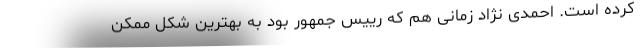
کرده است. احمدی نژاد زمانی هم که رییس جمهور بود به بهترین شکل ممکن